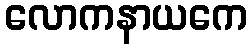
လောကနာယကေ